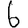
Digit: 6